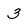
Character: 3